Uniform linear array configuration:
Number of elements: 8
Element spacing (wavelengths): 0.25
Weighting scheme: hamming
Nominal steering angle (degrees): -45
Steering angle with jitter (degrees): -44.439
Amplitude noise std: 0.05
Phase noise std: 0.05

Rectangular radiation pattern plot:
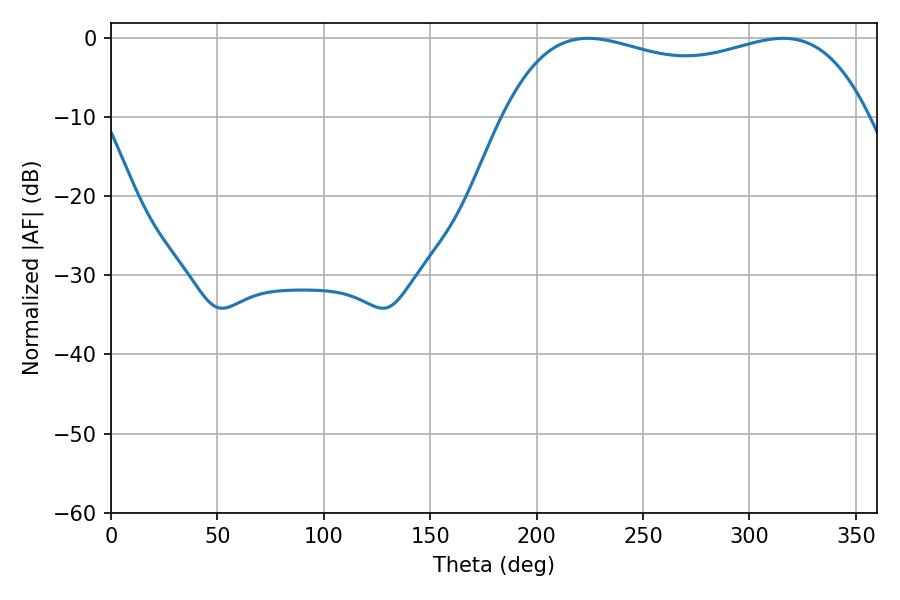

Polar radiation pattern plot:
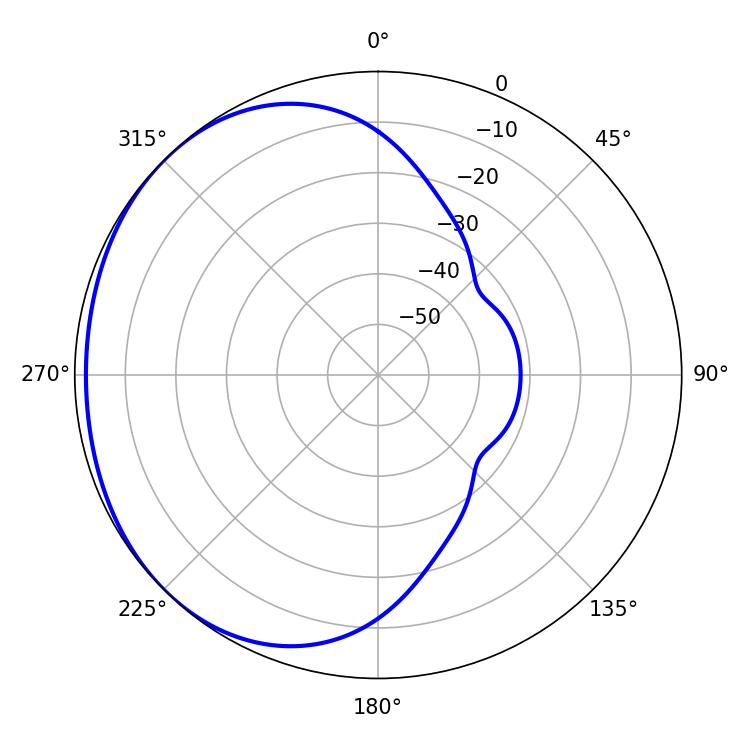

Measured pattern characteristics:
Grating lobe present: FALSE
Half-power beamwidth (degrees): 139.68
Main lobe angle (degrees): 224.1